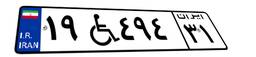
۵۳W۵۱۵۵۸